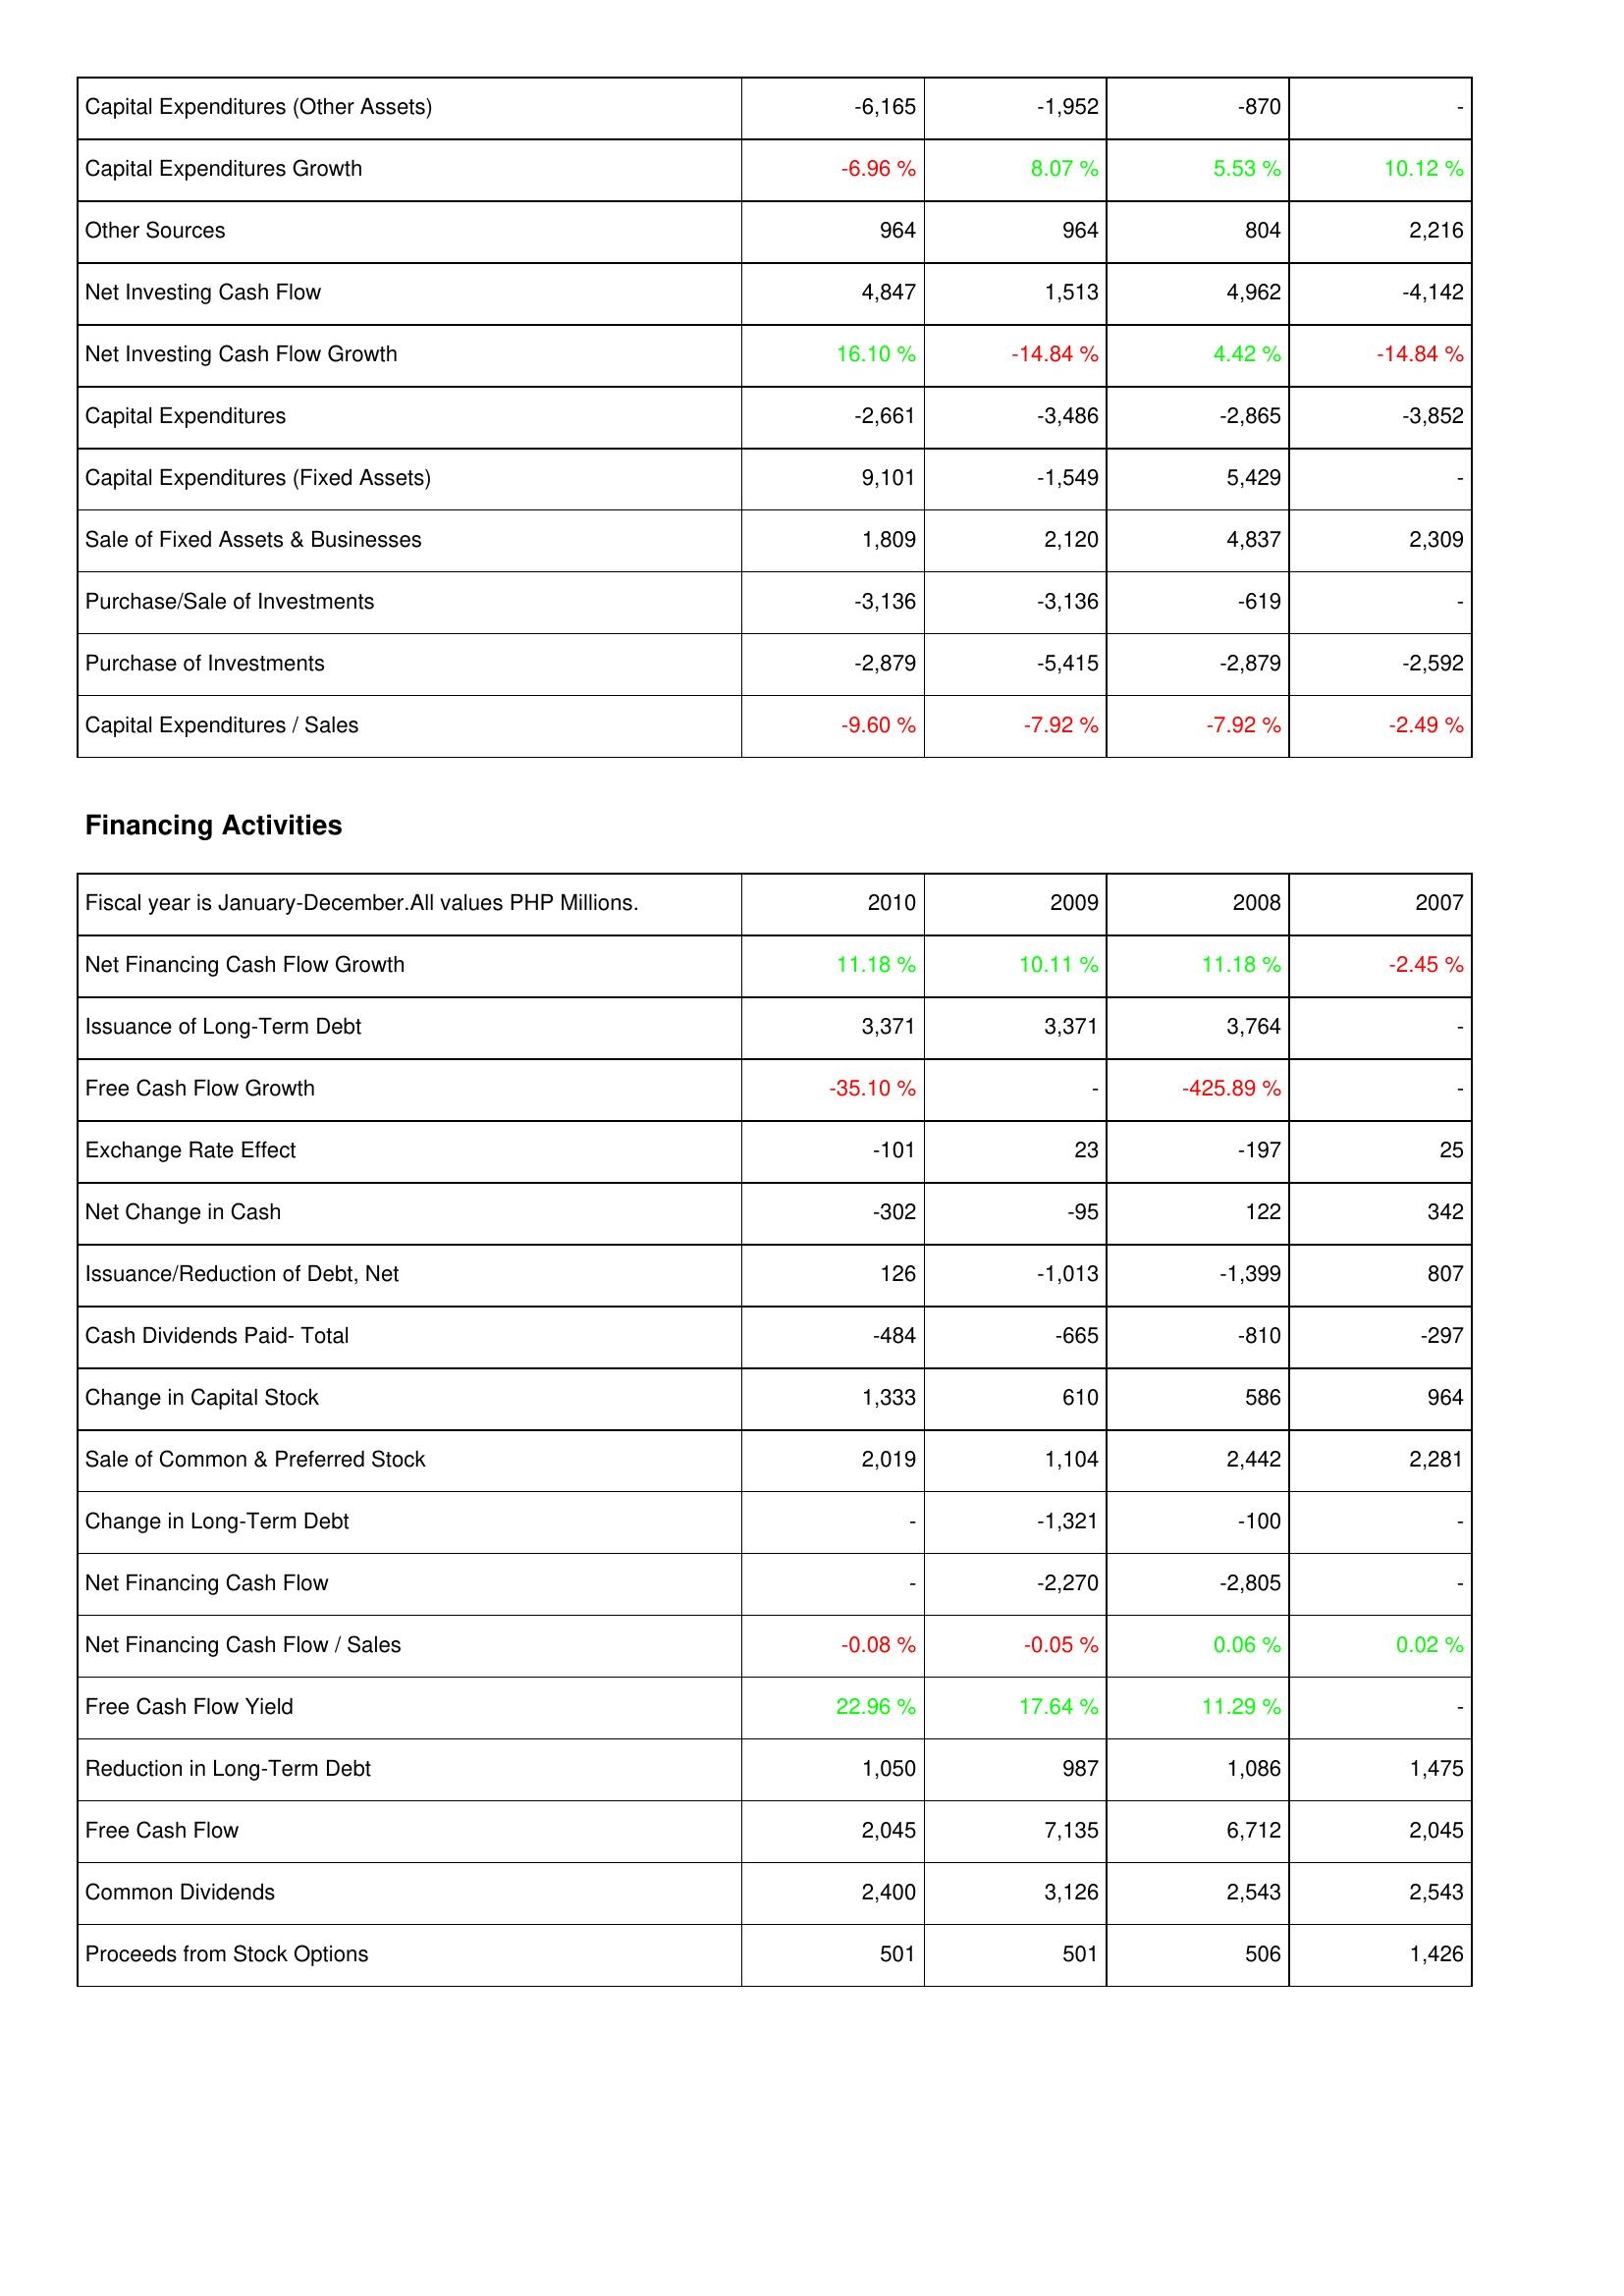
2010: Investing Activities: Capital Expenditures (Other Assets): -6,165
Capital Expenditures Growth: -6.96 %
Other Sources: 964
Net Investing Cash Flow: 4,847
Net Investing Cash Flow Growth: 16.10 %
Capital Expenditures: -2,661
Capital Expenditures (Fixed Assets): 9,101
Sale of Fixed Assets & Businesses: 1,809
Purchase/Sale of Investments: -3,136
Purchase of Investments: -2,879
Capital Expenditures / Sales: -9.60 %
Financing Activities: Net Financing Cash Flow Growth: 11.18 %
Issuance of Long-Term Debt: 3,371
Free Cash Flow Growth: -35.10 %
Exchange Rate Effect: -101
Net Change in Cash: -302
Issuance/Reduction of Debt, Net: 126
Cash Dividends Paid- Total: -484
Change in Capital Stock: 1,333
Sale of Common & Preferred Stock: 2,019
Change in Long-Term Debt: -
Net Financing Cash Flow: -
Net Financing Cash Flow / Sales: -0.08 %
Free Cash Flow Yield: 22.96 %
Reduction in Long-Term Debt: 1,050
Free Cash Flow: 2,045
Common Dividends: 2,400
Proceeds from Stock Options: 501
2009: Investing Activities: Capital Expenditures (Other Assets): -1,952
Capital Expenditures Growth: 8.07 %
Other Sources: 964
Net Investing Cash Flow: 1,513
Net Investing Cash Flow Growth: -14.84 %
Capital Expenditures: -3,486
Capital Expenditures (Fixed Assets): -1,549
Sale of Fixed Assets & Businesses: 2,120
Purchase/Sale of Investments: -3,136
Purchase of Investments: -5,415
Capital Expenditures / Sales: -7.92 %
Financing Activities: Net Financing Cash Flow Growth: 10.11 %
Issuance of Long-Term Debt: 3,371
Free Cash Flow Growth: -
Exchange Rate Effect: 23
Net Change in Cash: -95
Issuance/Reduction of Debt, Net: -1,013
Cash Dividends Paid- Total: -665
Change in Capital Stock: 610
Sale of Common & Preferred Stock: 1,104
Change in Long-Term Debt: -1,321
Net Financing Cash Flow: -2,270
Net Financing Cash Flow / Sales: -0.05 %
Free Cash Flow Yield: 17.64 %
Reduction in Long-Term Debt: 987
Free Cash Flow: 7,135
Common Dividends: 3,126
Proceeds from Stock Options: 501
2008: Investing Activities: Capital Expenditures (Other Assets): -870
Capital Expenditures Growth: 5.53 %
Other Sources: 804
Net Investing Cash Flow: 4,962
Net Investing Cash Flow Growth: 4.42 %
Capital Expenditures: -2,865
Capital Expenditures (Fixed Assets): 5,429
Sale of Fixed Assets & Businesses: 4,837
Purchase/Sale of Investments: -619
Purchase of Investments: -2,879
Capital Expenditures / Sales: -7.92 %
Financing Activities: Net Financing Cash Flow Growth: 11.18 %
Issuance of Long-Term Debt: 3,764
Free Cash Flow Growth: -425.89 %
Exchange Rate Effect: -197
Net Change in Cash: 122
Issuance/Reduction of Debt, Net: -1,399
Cash Dividends Paid- Total: -810
Change in Capital Stock: 586
Sale of Common & Preferred Stock: 2,442
Change in Long-Term Debt: -100
Net Financing Cash Flow: -2,805
Net Financing Cash Flow / Sales: 0.06 %
Free Cash Flow Yield: 11.29 %
Reduction in Long-Term Debt: 1,086
Free Cash Flow: 6,712
Common Dividends: 2,543
Proceeds from Stock Options: 506
2007: Investing Activities: Capital Expenditures (Other Assets): -
Capital Expenditures Growth: 10.12 %
Other Sources: 2,216
Net Investing Cash Flow: -4,142
Net Investing Cash Flow Growth: -14.84 %
Capital Expenditures: -3,852
Capital Expenditures (Fixed Assets): -
Sale of Fixed Assets & Businesses: 2,309
Purchase/Sale of Investments: -
Purchase of Investments: -2,592
Capital Expenditures / Sales: -2.49 %
Financing Activities: Net Financing Cash Flow Growth: -2.45 %
Issuance of Long-Term Debt: -
Free Cash Flow Growth: -
Exchange Rate Effect: 25
Net Change in Cash: 342
Issuance/Reduction of Debt, Net: 807
Cash Dividends Paid- Total: -297
Change in Capital Stock: 964
Sale of Common & Preferred Stock: 2,281
Change in Long-Term Debt: -
Net Financing Cash Flow: -
Net Financing Cash Flow / Sales: 0.02 %
Free Cash Flow Yield: -
Reduction in Long-Term Debt: 1,475
Free Cash Flow: 2,045
Common Dividends: 2,543
Proceeds from Stock Options: 1,426